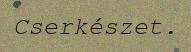
Cserkészet.